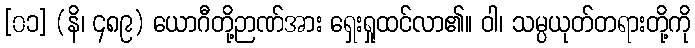
[၀၁] (နိ၊ ၄၈၉) ယောဂီတို့ဉာဏ်အား ရှေးရှုထင်လာ၏။ ဝါ၊ သမ္ပယုတ်တရားတို့ကို